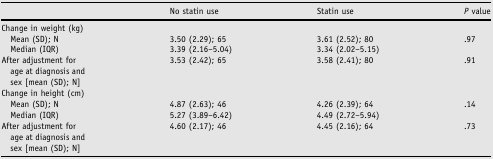
|  | No statin use | Statin use | P value |
 | --- | --- | --- | --- |
 | Change in weight (kg) |  |  |  |
 | Mean (SD); N | 3.50 (2.29); 65 | 3.61 (2.52); 80 | <ROWSPAN=2> .97 |
 | Median (IQR) | 3.39 (2.16–5.04) | 3.34 (2.02–5.15) |
 | After adjustment for age at diagnosis and sex [mean (SD); N] | 3.53 (2.42); 65 | 3.58 (2.41); 80 | .91 |
 | Change in height (cm) |  |  |  |
 | Mean (SD); N | 4.87 (2.63); 46 | 4.26 (2.39); 64 | <ROWSPAN=2> .14 |
 | Median (IQR) | 5.27 (3.89–6.42) | 4.49 (2.72–5.94) |
 | After adjustment for age at diagnosis and sex [mean (SD); N] | 4.60 (2.17); 46 | 4.45 (2.16); 64 | .73 |